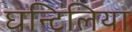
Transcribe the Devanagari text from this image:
घन्टिलिया